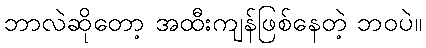
ဘာလဲဆိုတော့ အထီးကျန်ဖြစ်နေတဲ့ ဘဝပဲ။